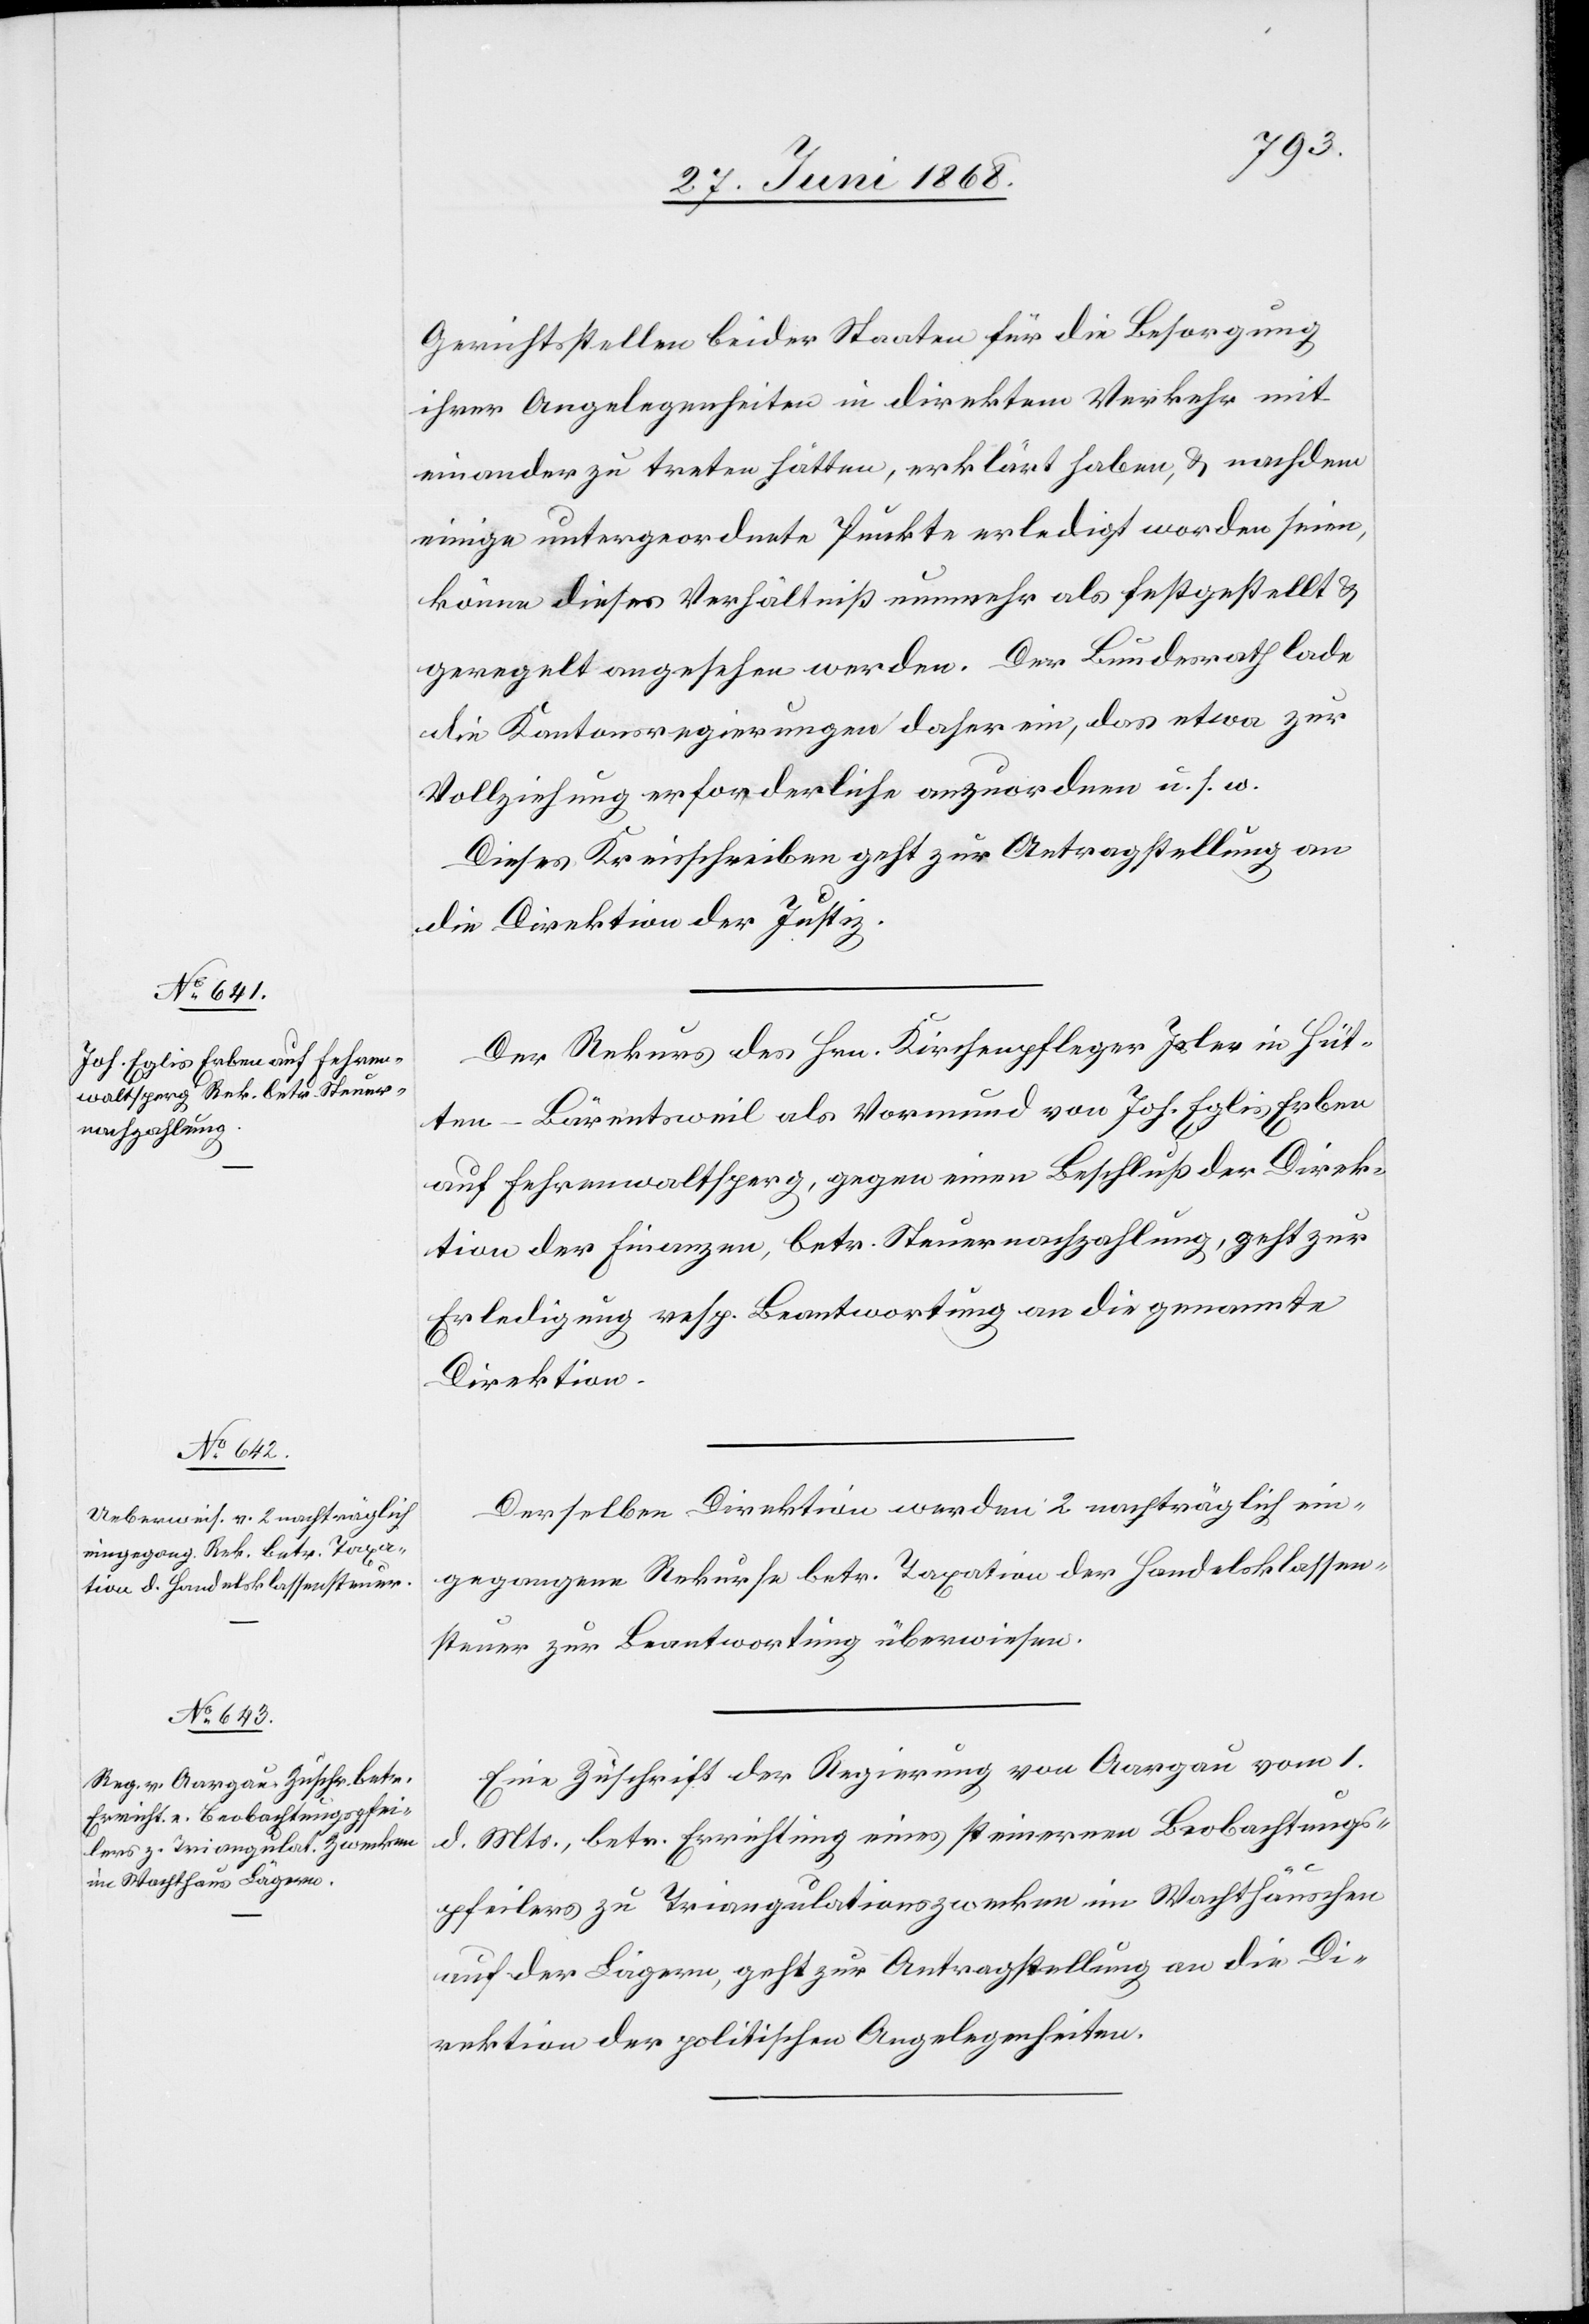
Gerichtsstellen beider Staaten für die Besorgung
ihrer Angelegenheiten in direktem Verkehr mit
einander zu treten hätten, erklärt haben, & nachdem
einige untergeordnete Punkte erledigt worden seien,
könne dieses Verhältniß nunmehr als festgestellt &
geregelt angesehen werden. Der Bundesrath lade
die Kantonsregierungen daher ein, das etwa zur
Vollziehung erforderliche anzuordnen u. s. w.
Dieses Kreisschreiben geht zur Antragstellung an
die Direktion der Justiz.
Der Rekurs des Hrn. Kirchenpfleger Isler in Hüt¬
ten-Bärentsweil als Vormund von Joh. Eglis Erben
auf Fehrenwaltsperg, gegen einen Beschluß der Direk¬
tion der Finanzen, betr. Steuernachzahlung, geht zur
Erledigung resp. Beantwortung an die genannte
Direktion.
Derselben Direktion werden 2 nachträglich ein¬
gegangene Rekurse betr. Taxation der Handelsklassen¬
steuer zur Beantwortung überwiesen.
Eine Zuschrift der Regierung von Aargau vom 1.
d. Mts., betr. Errichtung eines steinernen Beobachtungs¬
pfeilers zu Triangulationszwecken im Wachthäuschen
auf der Lägern, geht zur Antragstellung an die Di¬
rektion der politischen Angelegenheiten.